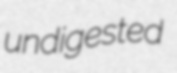
undigested